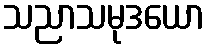
သညာသမုဒယော